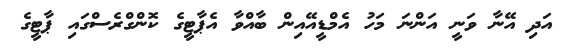
އަދި އޭނާ ވަނީ އަންނަ މަހު އެމްޑީއޭއިން ބާއްވާ އެޕާޓީގެ ކޮންގްރެސްގައި ޕާޓީގެ